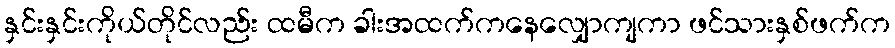
နှင်းနှင်းကိုယ်တိုင်လည်း ထမီက ခါးအထက်ကနေလျှောကျကာ ဖင်သားနှစ်ဖက်က